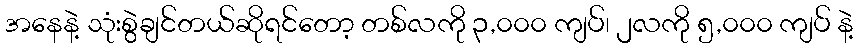
အနေနဲ့ သုံးစွဲချင်တယ်ဆိုရင်တော့ တစ်လကို ၃,၀၀၀ ကျပ်၊ ၂လကို ၅,၀၀၀ ကျပ် နဲ့